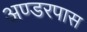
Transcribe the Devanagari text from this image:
अण्डरपास